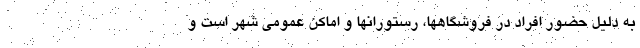
به دلیل حضور افراد در فروشگاهها، رستورانها و اماکن عمومی شهر است و